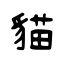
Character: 貓